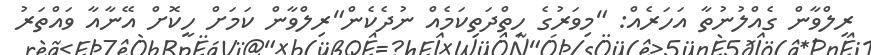
ރިލްވާން ގެއްލުނުތާ އަހަރެއް: "މިވަރުގެ ހިތްދަތިކަމެއް ނުދެކެން"ރިލްވާން ކަމަށް ހީކޮށް އޭނާއާ ވައްތަރު